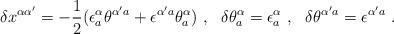
LaTeX: \begin{align*}\delta x^{\alpha\alpha'} = -{1\over 2}(\epsilon^\alpha_a\theta^{\alpha'a}+ \epsilon^{\alpha'a}\theta^\alpha_a)\ ,\ \ \delta\theta^\alpha_a = \epsilon^\alpha_a\ , \ \ \delta\theta^{\alpha'a}= \epsilon^{\alpha'a} \ .\end{align*}